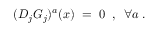
( D _ { j } G _ { j } ) ^ { a } ( x ) \; = \; 0 \; \; , \; \; \forall a \; .